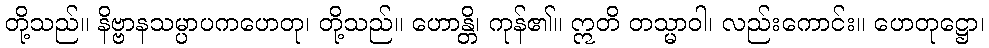
တို့သည်။ နိဗ္ဗာနသမ္ပာပကဟေတု၊ တို့သည်။ ဟောန္တိ၊ ကုန်၏။ ဣတိ တသ္မာဝါ၊ လည်းကောင်း။ ဟေတုဋ္ဌော၊